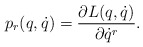
\begin{align*}p_r(q,\dot q) = \frac{\partial L(q,\dot q)}{\partial \dot q^r} .\end{align*}